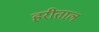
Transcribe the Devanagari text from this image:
हरीताल